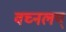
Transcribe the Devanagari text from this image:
वच्नलय्